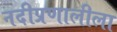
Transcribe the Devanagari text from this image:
नदीप्रणालीला